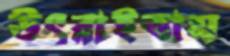
উৎরাইতাম